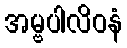
အမ္ဗပါလိဝနံ